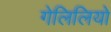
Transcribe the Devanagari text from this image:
गेलिलियो